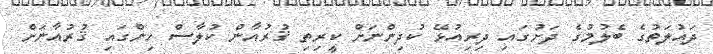
ދައުލަތުގެ ބެލުމުގެ ދަށުގައި ދިރިއުޅޭ ކުދިންނަށް ކީރިތި ޤުރުއާން ކުލާސް ހިންގައި ޤުރުއާނަށް